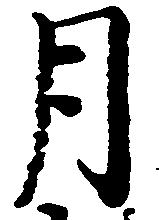
月